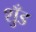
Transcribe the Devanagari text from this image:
शुँड